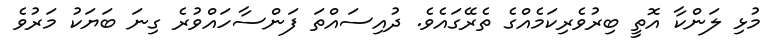
މުޅި ލަންކާ އޮތީ ބިރުވެރިކަމެއްގެ ތެރޭގައެވެ. ދުއިސައްތަ ފަންސާހައްވުރެ ގިނަ ބަޔަކު މަރުވެ